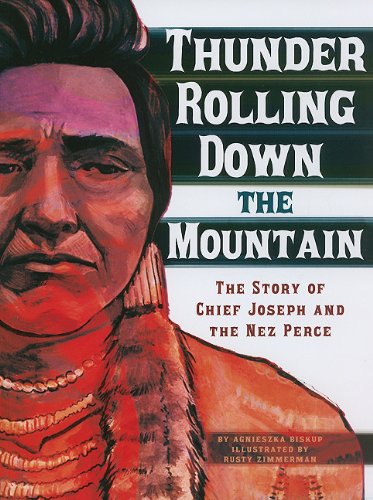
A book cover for Thunder Rolling Down the Mountain: The Story of Chief Joseph and the Nez Perce (American Graphic); Agnieszka Biskup; Children's Books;